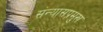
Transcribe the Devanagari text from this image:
संन्यासप्रमुख